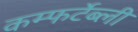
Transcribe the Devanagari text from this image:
कम्फर्टेब्ली